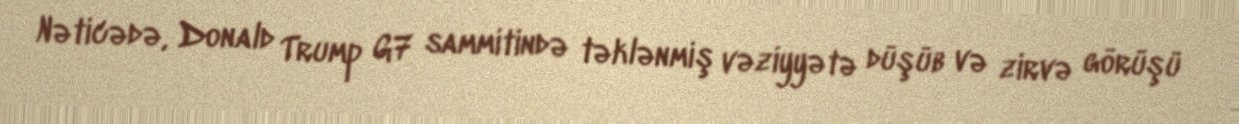
Nəticədə, Donald Trump G7 sammitində təklənmiş vəziyyətə düşüb və zirvə görüşü